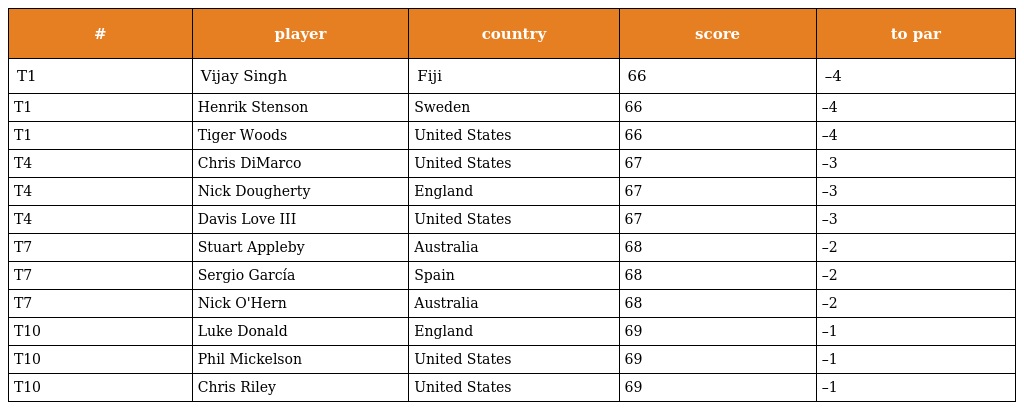
| # | player | country | score | to par |
 | --- | --- | --- | --- | --- |
 | T1 | Vijay Singh | Fiji | 66 | –4 |
 | T1 | Henrik Stenson | Sweden | 66 | –4 |
 | T1 | Tiger Woods | United States | 66 | –4 |
 | T4 | Chris DiMarco | United States | 67 | –3 |
 | T4 | Nick Dougherty | England | 67 | –3 |
 | T4 | Davis Love III | United States | 67 | –3 |
 | T7 | Stuart Appleby | Australia | 68 | –2 |
 | T7 | Sergio García | Spain | 68 | –2 |
 | T7 | Nick O'Hern | Australia | 68 | –2 |
 | T10 | Luke Donald | England | 69 | –1 |
 | T10 | Phil Mickelson | United States | 69 | –1 |
 | T10 | Chris Riley | United States | 69 | –1 |